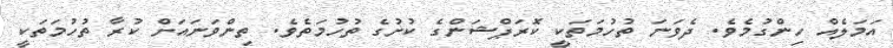
އަމަލެއް ހިންގުމެވެ. ދެވަނަ ތުހުމަތަކީ ކޮރަޕްޝަންގެ ކުށުގެ ތުހުމަތެވެ. ތިންވަނައަށް ކުރާ ތުހުމަތަކީ